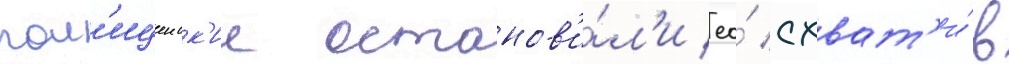
пол'ицеиск'ие останов'и́л'и ео́ схват'и́в